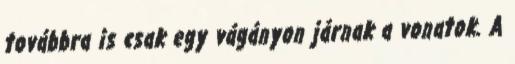
továbbra is csak egy vágányon járnak a vonatok. A